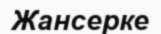
Жансерке